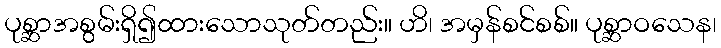
ပုစ္ဆာအစွမ်းရှိ၍ထားသောသုတ်တည်း။ ဟိ၊ အမှန်စင်စစ်။ ပုစ္ဆာဝသေန၊